38_143685_box7_Incident_Summaries_1-100
Agency: Department of War
Page 16
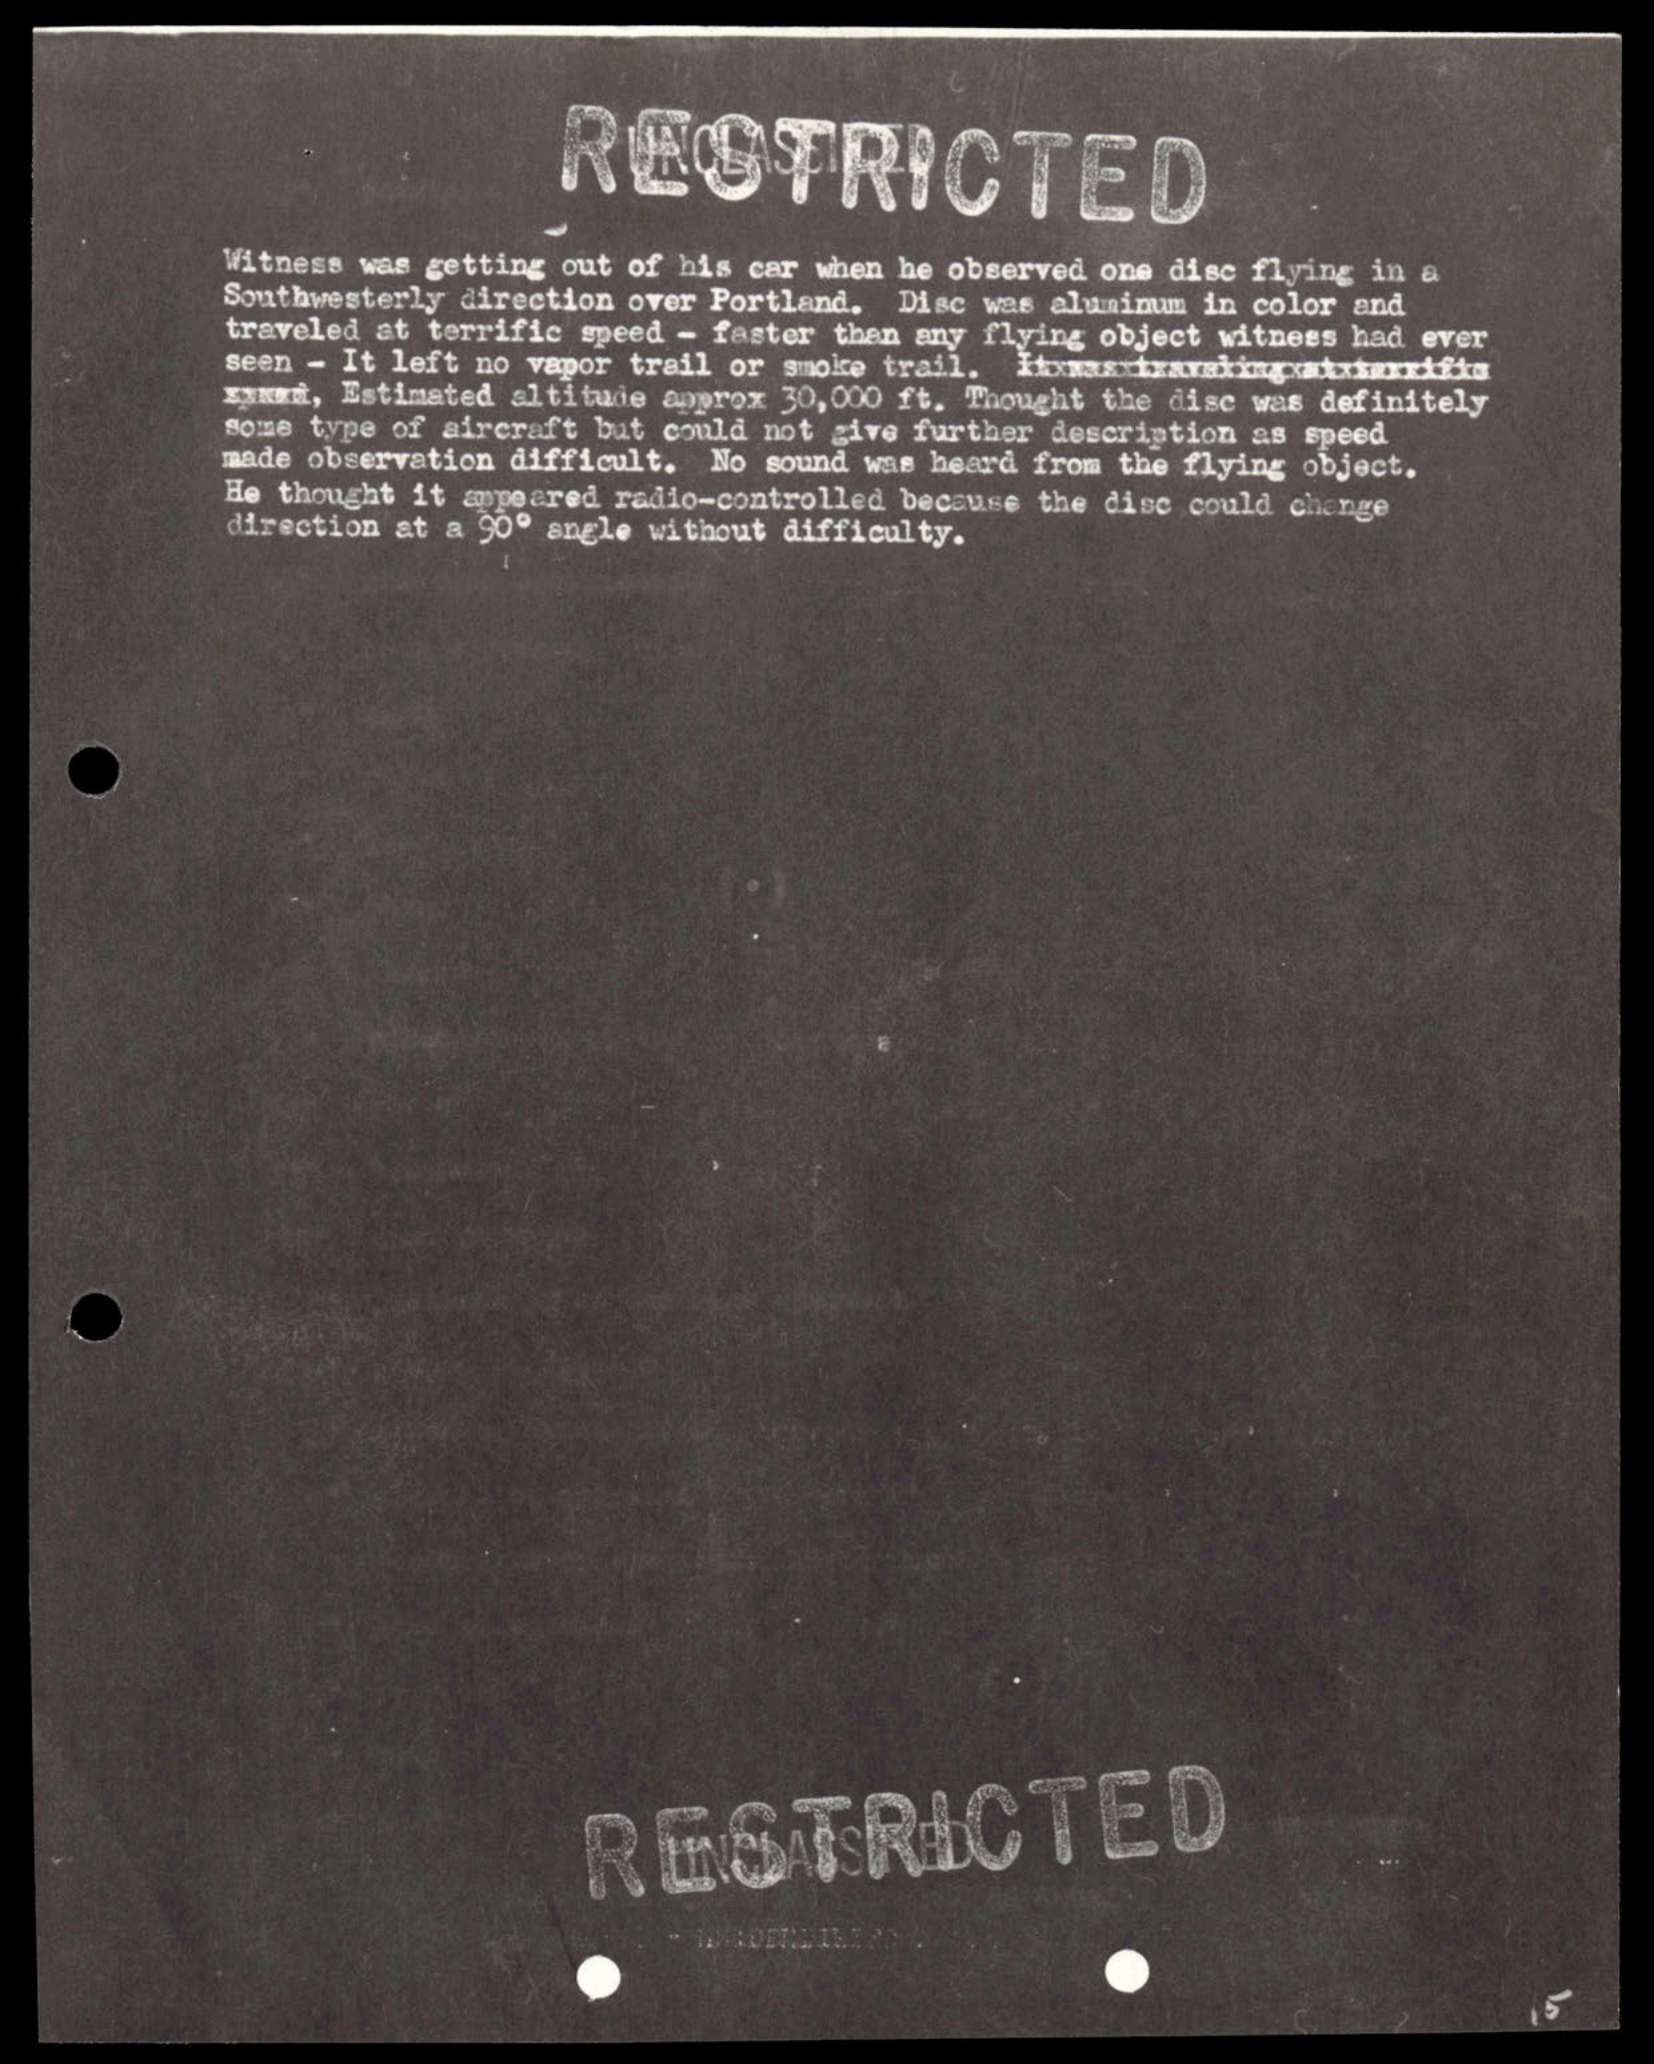